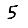
Digit: 5